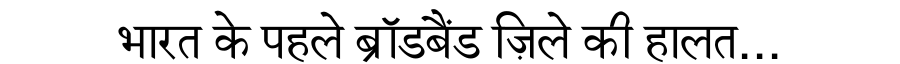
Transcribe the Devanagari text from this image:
भारत के पहले ब्रॉडबैंड ज़िले की हालत...